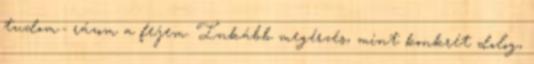
tudom.- rázom a fejem. Inkább megérzés, mint konkrét dolog,